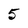
Character: 5